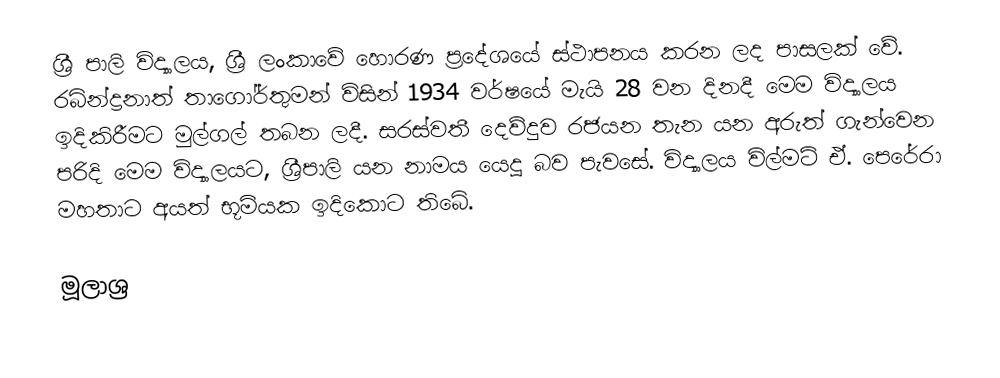
ශ්‍රී පාලි විද්‍යාලය, ශ්‍රී ලංකාවේ හොරණ ප්‍රදේශයේ ස්ථාපනය කරන ලද පාසලක් වේ. රබින්ද්‍රනාත් තාගෝර්තුමන් විසින් 1934 වර්ෂයේ මැයි 28 වන දිනදී මෙම විද්‍යාලය ඉදිකිරීමට මුල්ගල් තබන ලදී. සරස්‌වතී දෙව්දුව රජයන තැන යන අරුත් ගැන්වෙන පරිදි මෙම විද්‍යාලයට, ශ්‍රීපාලි යන නාමය යෙදූ බව පැවසේ. විද්‍යාලය විල්මට්‌ ඒ. පෙරේරා මහතාට අයත් භූමියක ඉදිකොට තිබේ.

මූලාශ්‍ර